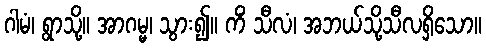
ဂါမံ၊ ရွာသို့။ အာဂမ္မ၊ သွား၍။ ကိံ သီလံ၊ အဘယ်သို့သီလရှိသော။